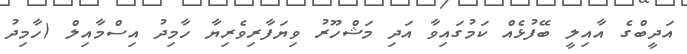
އަދީބްގެ އާއިލީ ބޭފުޅެއް ކަމުގައިވާ އަދި މަޝްހޫރު ވިޔަފާރިވެރިޔާ ހާމިދު އިސްމާއިލް (ހާމިދު